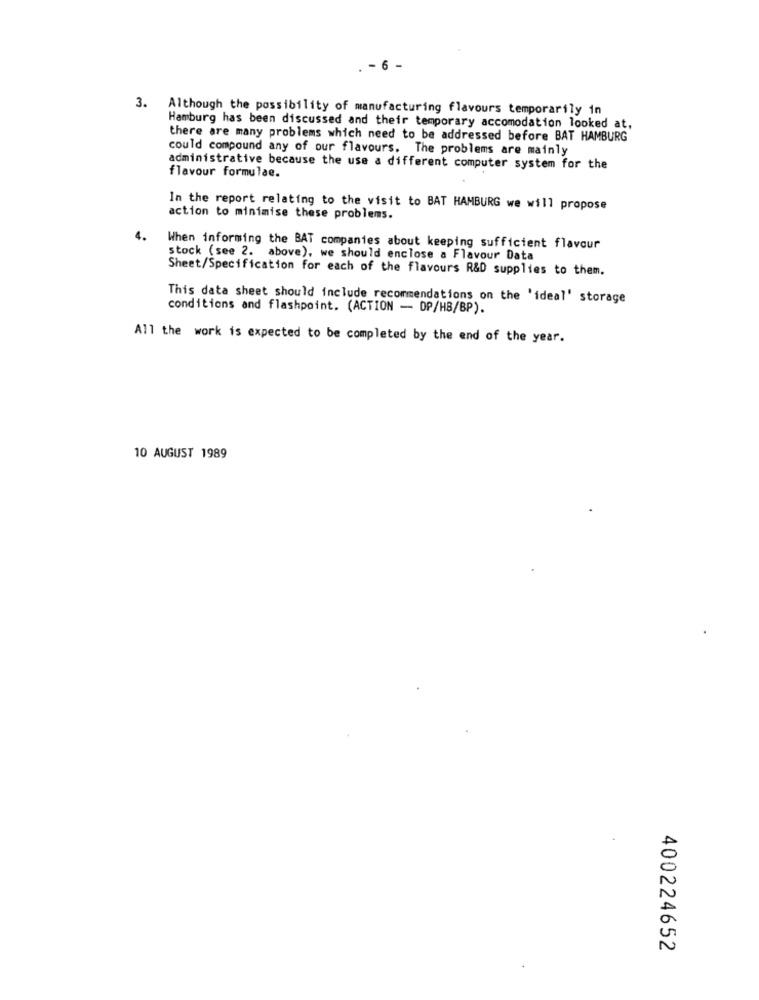
. - 6 -
3. Although the possibility of manufacturing flavours temporarily in
Hamburg has been discussed and their temporary accomodation looked at,
there are many problems which need to be addressed before BAT HAMBURG
could compound any of our flavours. The problems are mainly
administrative because the use a different computer system for the
flavour formulae.
In the report relating to the visit to BAT HAMBURG we will propose
action to minimise these problems.
4.
When informing the BAT companies about keeping sufficient flavour
stock (see 2. above), we should enclose a Flavour Data
Sheet/Specification for each of the flavours R&D supplies to them.
This data sheet should include recommendations on the 'ideal' storage
conditions and flashpoint. (ACTION - DP/HB/BP).
All the work is expected to be completed by the end of the year.
10 AUGUST 1989
400224652